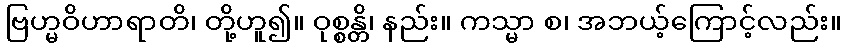
ဗြဟ္မဝိဟာရာတိ၊ တို့ဟူ၍။ ဝုစ္စန္တိ၊ နည်း။ ကသ္မာ စ၊ အဘယ့်ကြောင့်လည်း။